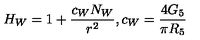
H _ { W } = 1 + \frac { c _ { W } N _ { W } } { r ^ { 2 } } , c _ { W } = \frac { 4 G _ { 5 } } { \pi R _ { 5 } }